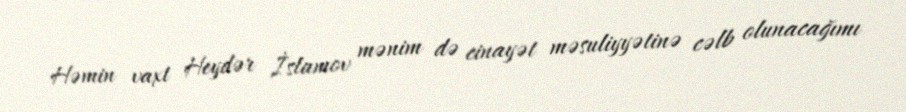
Həmin vaxt Heydər İslamov mənim də cinayət məsuliyyətinə cəlb olunacağımı